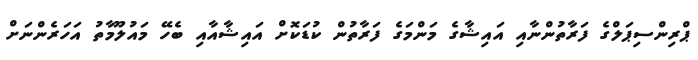
ޕްރިންސިޕަލްގެ ފަރާތުންނާއި އައިޝާގެ މަންމަގެ ފަރާތުން ކުޑަކޮށް އައިޝާއާއި ބެހޭ މައުލޫމާތު އަހަރެންނަށް